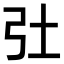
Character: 𢎳